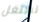
نستغل